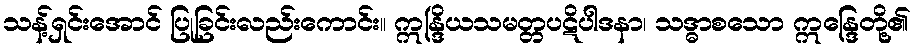
သန့်ရှင်းအောင် ပြုခြင်းလည်းကောင်း။ ဣန္ဒြိယသမတ္တပဋိပါဒနာ၊ သဒ္ဓာစသော ဣန္ဒြေတို့၏